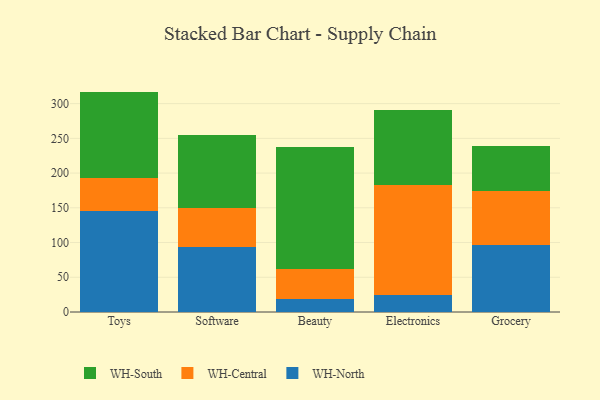
{"axis": {"x": "Category", "y": "Latency (ms)"}, "legend": ["WH-Central", "WH-North", "WH-South"], "data": [{"x": "Toys", "y": 145.7, "type": "WH-North"}, {"x": "Toys", "y": 47.3, "type": "WH-Central"}, {"x": "Toys", "y": 124.3, "type": "WH-South"}, {"x": "Software", "y": 93.3, "type": "WH-North"}, {"x": "Software", "y": 56.7, "type": "WH-Central"}, {"x": "Software", "y": 104.9, "type": "WH-South"}, {"x": "Beauty", "y": 18.1, "type": "WH-North"}, {"x": "Beauty", "y": 44.3, "type": "WH-Central"}, {"x": "Beauty", "y": 174.7, "type": "WH-South"}, {"x": "Electronics", "y": 23.8, "type": "WH-North"}, {"x": "Electronics", "y": 158.7, "type": "WH-Central"}, {"x": "Electronics", "y": 108.5, "type": "WH-South"}, {"x": "Grocery", "y": 95.8, "type": "WH-North"}, {"x": "Grocery", "y": 78.1, "type": "WH-Central"}, {"x": "Grocery", "y": 64.9, "type": "WH-South"}]}